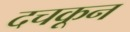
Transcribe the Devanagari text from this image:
दचकून